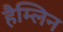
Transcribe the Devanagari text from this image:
हैम्लिन